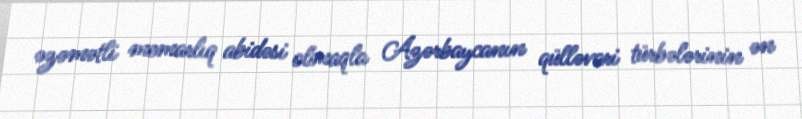
əzəmətli memarlıq abidəsi olmaqla Azərbaycanın qülləvari türbələrinin ən